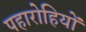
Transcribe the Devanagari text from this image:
पहारोहियों